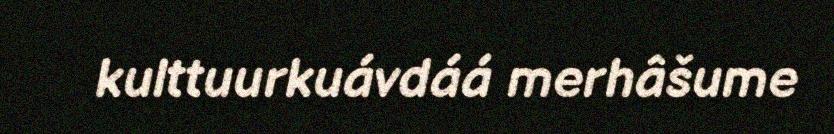
kulttuurkuávdáá merhâšume